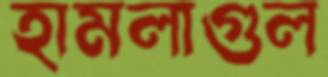
হামলাগুল